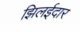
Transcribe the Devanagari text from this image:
झिलईदार